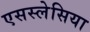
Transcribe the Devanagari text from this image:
एसस्लेसिया